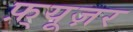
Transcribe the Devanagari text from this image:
फ़्यूज़र